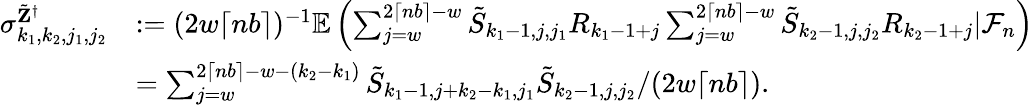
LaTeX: \begin{array}{rl}{\sigma_{k_{1},k_{2},j_{1},j_{2}}^{\tilde{\mathbf Z}^{\dagger}}}&{:=(2w\lceil nb\rceil)^{-1}\mathbb{E}\left(\sum_{j=w}^{2\lceil nb\rceil-w}\tilde{S}_{k_{1}-1,j,j_{1}}R_{k_{1}-1+j}\sum_{j=w}^{2\lceil nb\rceil-w}\tilde{S}_{k_{2}-1,j,j_{2}}R_{k_{2}-1+j}|\mathcal{F}_{n}\right)}\\ &{=\sum_{j=w}^{2\lceil nb\rceil-w-(k_{2}-k_{1})}\tilde{S}_{k_{1}-1,j+k_{2}-k_{1},j_{1}}\tilde{S}_{k_{2}-1,j,j_{2}}/(2w\lceil nb\rceil).}\end{array}